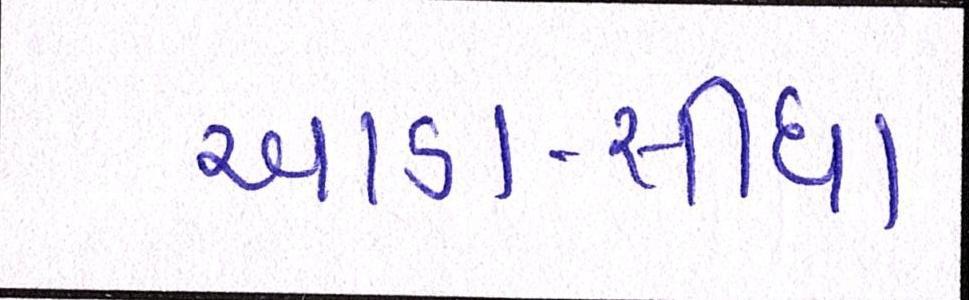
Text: આડા-સીધા